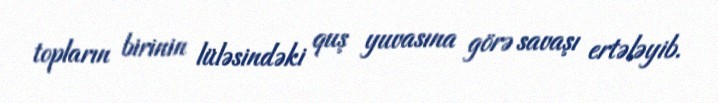
topların birinin lüləsindəki quş yuvasına görə savaşı ertələyib.